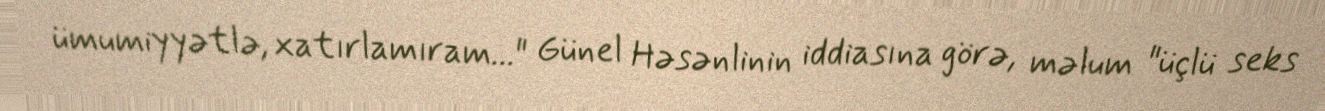
ümumiyyətlə, xatırlamıram..." Günel Həsənlinin iddiasına görə, məlum "üçlü seks